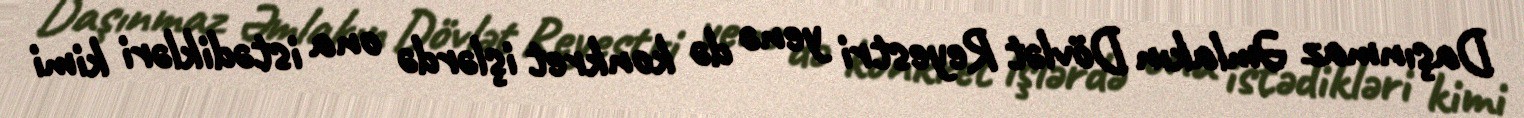
Daşınmaz Əmlakın Dövlət Reyestri yenə də konkret işlərdə ona istədikləri kimi